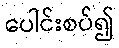
ပေါင်းစပ်၍